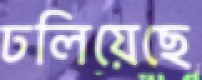
ঢলিয়েছে